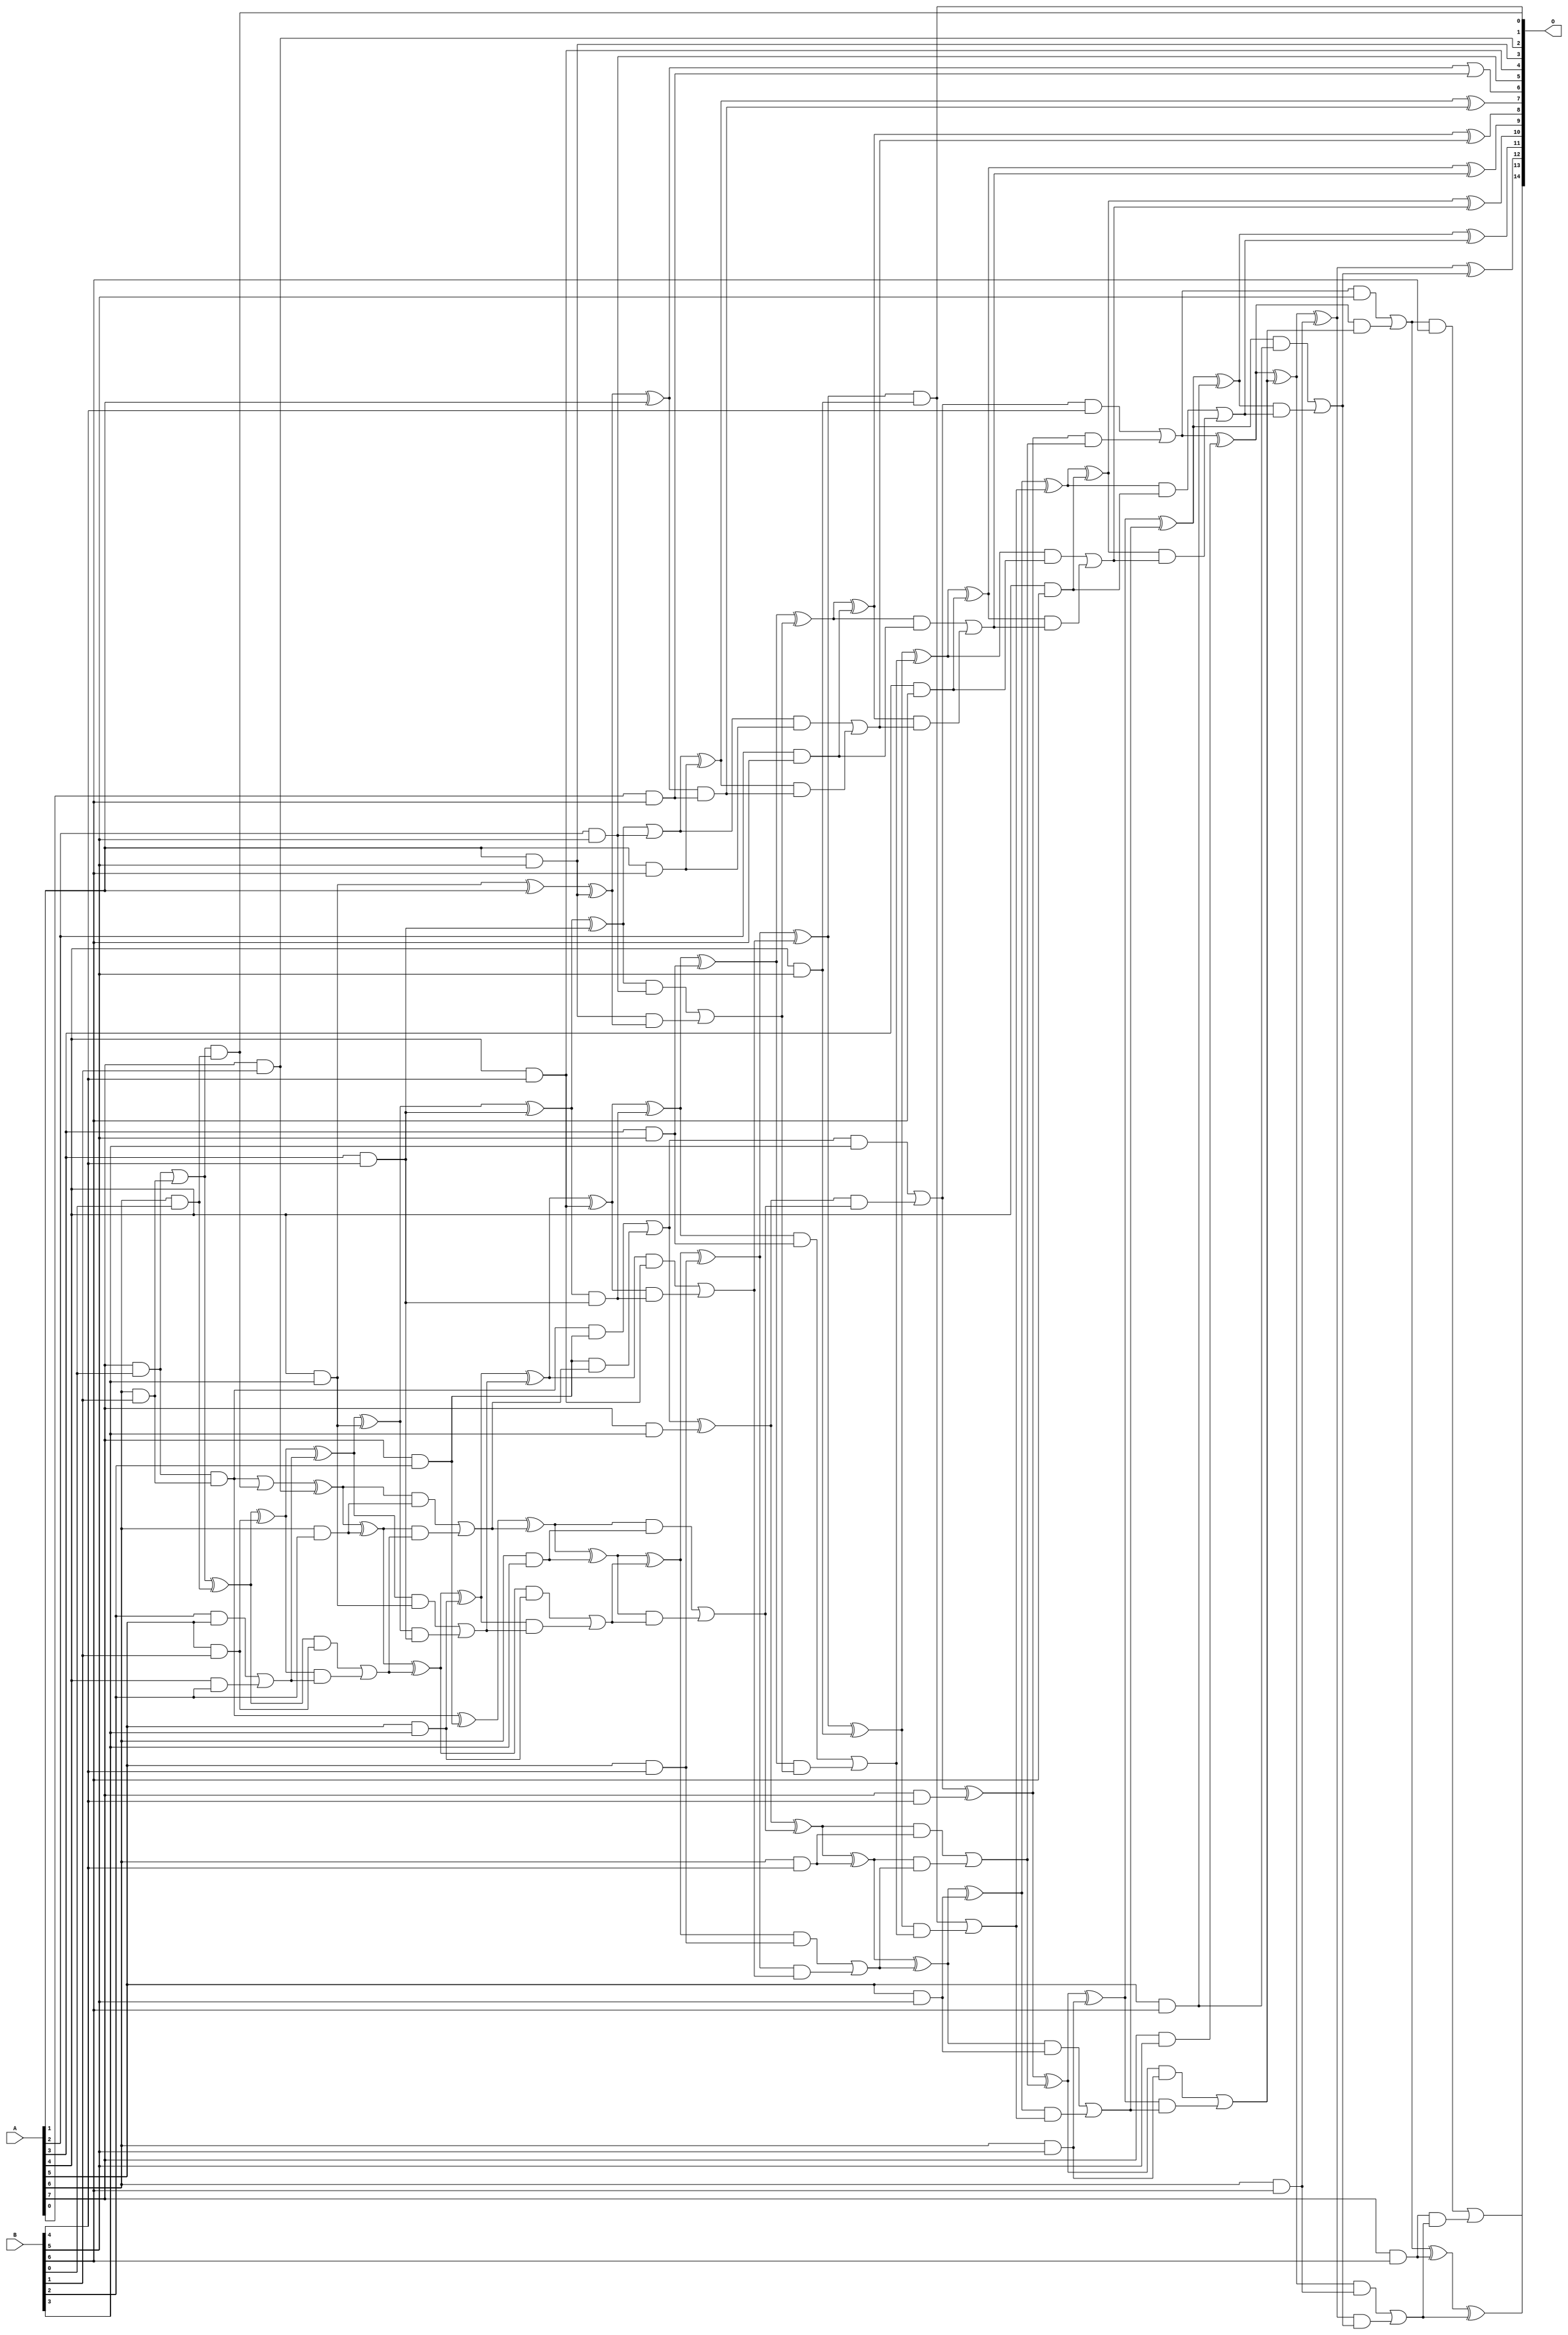
/***
* This code is a part of EvoApproxLib library (ehw.fit.vutbr.cz/approxlib) distributed under The MIT License.
* When used, please cite the following article(s): V. Mrazek, L. Sekanina, Z. Vasicek "Libraries of Approximate Circuits: Automated Design and Application in CNN Accelerators" IEEE Journal on Emerging and Selected Topics in Circuits and Systems, Vol 10, No 4, 2020 
* This file contains a circuit from a sub-set of pareto optimal circuits with respect to the pwr and mre parameters
***/
// MAE% = 0.21 %
// MAE = 70 
// WCE% = 0.92 %
// WCE = 303 
// WCRE% = 100.00 %
// EP% = 96.15 %
// MRE% = 4.41 %
// MSE = 7858 
// PDK45_PWR = 0.194 mW
// PDK45_AREA = 400.8 um2
// PDK45_DELAY = 1.35 ns

module mul8x7u_3DU (
    A,
    B,
    O
);

input [7:0] A;
input [6:0] B;
output [14:0] O;

wire sig_22,sig_29,sig_30,sig_57,sig_58,sig_59,sig_60,sig_61,sig_62,sig_64,sig_70,sig_71,sig_72,sig_91,sig_92,sig_94,sig_95,sig_96,sig_97,sig_98;
wire sig_99,sig_100,sig_101,sig_102,sig_103,sig_104,sig_105,sig_106,sig_107,sig_108,sig_109,sig_113,sig_114,sig_115,sig_116,sig_117,sig_135,sig_136,sig_137,sig_138;
wire sig_139,sig_140,sig_141,sig_142,sig_143,sig_144,sig_145,sig_146,sig_147,sig_148,sig_149,sig_150,sig_151,sig_152,sig_153,sig_154,sig_159,sig_160,sig_161,sig_162;
wire sig_173,sig_175,sig_176,sig_180,sig_181,sig_182,sig_183,sig_184,sig_185,sig_186,sig_187,sig_188,sig_189,sig_190,sig_191,sig_192,sig_193,sig_194,sig_195,sig_196;
wire sig_197,sig_198,sig_199,sig_201,sig_202,sig_203,sig_204,sig_205,sig_206,sig_207,sig_210,sig_213,sig_215,sig_216,sig_217,sig_219,sig_220,sig_221,sig_222,sig_223;
wire sig_224,sig_225,sig_226,sig_227,sig_228,sig_229,sig_230,sig_231,sig_232,sig_233,sig_234,sig_235,sig_236,sig_237,sig_238,sig_239,sig_240,sig_241,sig_242,sig_243;
wire sig_244,sig_245,sig_246,sig_247,sig_248,sig_249,sig_250,sig_251,sig_252,sig_253,sig_254,sig_255,sig_256,sig_257,sig_258,sig_259,sig_260,sig_261,sig_262,sig_263;
wire sig_264,sig_265,sig_266,sig_267,sig_268,sig_269,sig_270,sig_271,sig_272,sig_273,sig_274,sig_275,sig_276,sig_277,sig_278,sig_279,sig_280,sig_281,sig_282,sig_283;
wire sig_284,sig_285,sig_286,sig_287,sig_288,sig_289;

assign sig_22 = A[7] & B[0];
assign sig_29 = A[6] & B[1];
assign sig_30 = A[7] & B[1];
assign sig_57 = A[6] & B[0];
assign sig_58 = sig_22 | sig_29;
assign sig_59 = sig_22 & sig_29;
assign sig_60 = sig_58 & sig_57;
assign sig_61 = sig_58 ^ sig_57;
assign sig_62 = sig_59 | sig_60;
assign sig_64 = sig_62 ^ sig_30;
assign sig_70 = A[5] & B[1];
assign sig_71 = A[6] & B[2];
assign sig_72 = A[7] & B[2];
assign sig_91 = B[2] & A[5];
assign sig_92 = A[4] & B[2];
assign sig_94 = sig_91 | sig_92;
assign sig_95 = sig_61 ^ sig_70;
assign sig_96 = sig_61 & sig_70;
assign sig_97 = sig_95 & sig_94;
assign sig_98 = sig_95 ^ sig_94;
assign sig_99 = sig_96 | sig_97;
assign sig_100 = sig_64 ^ sig_71;
assign sig_101 = sig_64 & sig_71;
assign sig_102 = sig_100 & sig_99;
assign sig_103 = sig_100 ^ sig_99;
assign sig_104 = sig_101 | sig_102;
assign sig_105 = sig_59 ^ sig_72;
assign sig_106 = sig_59 & sig_72;
assign sig_107 = sig_72 & sig_104;
assign sig_108 = sig_105 ^ sig_104;
assign sig_109 = sig_106 | sig_107;
assign sig_113 = A[3] & B[4];
assign sig_114 = A[4] & B[3];
assign sig_115 = A[5] & B[3];
assign sig_116 = A[6] & B[3];
assign sig_117 = A[7] & B[3];
assign sig_135 = sig_98 ^ sig_114;
assign sig_136 = sig_98 & sig_114;
assign sig_137 = sig_135 & sig_113;
assign sig_138 = sig_135 ^ sig_113;
assign sig_139 = sig_136 | sig_137;
assign sig_140 = sig_103 ^ sig_115;
assign sig_141 = sig_103 & sig_115;
assign sig_142 = sig_140 & sig_139;
assign sig_143 = sig_140 ^ sig_139;
assign sig_144 = sig_141 | sig_142;
assign sig_145 = sig_108 ^ sig_116;
assign sig_146 = sig_108 & sig_116;
assign sig_147 = sig_145 & sig_144;
assign sig_148 = sig_145 ^ sig_144;
assign sig_149 = sig_146 | sig_147;
assign sig_150 = sig_109 ^ sig_117;
assign sig_151 = sig_109 & B[3];
assign sig_152 = sig_150 & sig_149;
assign sig_153 = sig_150 ^ sig_149;
assign sig_154 = sig_151 | sig_152;
assign sig_159 = A[4] & B[4];
assign sig_160 = A[5] & B[4];
assign sig_161 = A[6] & B[4];
assign sig_162 = A[7] & B[4];
assign sig_173 = sig_114 ^ A[1];
assign sig_175 = sig_138 ^ sig_113;
assign sig_176 = sig_138 & sig_113;
assign sig_180 = sig_143 ^ sig_159;
assign sig_181 = sig_143 & sig_159;
assign sig_182 = sig_180 & sig_176;
assign sig_183 = sig_180 ^ sig_176;
assign sig_184 = sig_181 | sig_182;
assign sig_185 = sig_148 ^ sig_160;
assign sig_186 = sig_148 & sig_160;
assign sig_187 = sig_185 & sig_184;
assign sig_188 = sig_185 ^ sig_184;
assign sig_189 = sig_186 | sig_187;
assign sig_190 = sig_153 ^ sig_161;
assign sig_191 = sig_153 & sig_161;
assign sig_192 = sig_190 & sig_189;
assign sig_193 = sig_190 ^ sig_189;
assign sig_194 = sig_191 | sig_192;
assign sig_195 = sig_154 ^ sig_162;
assign sig_196 = sig_154 & B[4];
assign sig_197 = sig_195 & sig_194;
assign sig_198 = sig_195 ^ sig_194;
assign sig_199 = sig_196 | sig_197;
assign sig_201 = A[1] & B[5];
assign sig_202 = A[2] & B[5];
assign sig_203 = A[3] & B[5];
assign sig_204 = A[4] & B[5];
assign sig_205 = A[5] & B[5];
assign sig_206 = A[6] & B[5];
assign sig_207 = A[7] & B[5];
assign sig_210 = sig_173 ^ sig_201;
assign sig_213 = sig_210 ^ A[1];
assign sig_215 = sig_175 | sig_202;
assign sig_216 = sig_175 & sig_202;
assign sig_217 = sig_201 & sig_210;
assign sig_219 = sig_216 | sig_217;
assign sig_220 = sig_183 ^ sig_203;
assign sig_221 = sig_183 & sig_203;
assign sig_222 = sig_220 & sig_219;
assign sig_223 = sig_220 ^ sig_219;
assign sig_224 = sig_221 | sig_222;
assign sig_225 = sig_188 ^ sig_204;
assign sig_226 = sig_188 & sig_204;
assign sig_227 = sig_225 & sig_224;
assign sig_228 = sig_225 ^ sig_224;
assign sig_229 = sig_226 | sig_227;
assign sig_230 = sig_193 ^ sig_205;
assign sig_231 = sig_193 & sig_205;
assign sig_232 = sig_230 & sig_229;
assign sig_233 = sig_230 ^ sig_229;
assign sig_234 = sig_231 | sig_232;
assign sig_235 = sig_198 ^ sig_206;
assign sig_236 = sig_198 & sig_206;
assign sig_237 = sig_235 & sig_234;
assign sig_238 = sig_235 ^ sig_234;
assign sig_239 = sig_236 | sig_237;
assign sig_240 = sig_199 ^ sig_207;
assign sig_241 = sig_199 & B[5];
assign sig_242 = sig_240 & sig_239;
assign sig_243 = sig_240 ^ sig_239;
assign sig_244 = sig_241 | sig_242;
assign sig_245 = A[0] & B[6];
assign sig_246 = A[1] & B[6];
assign sig_247 = A[2] & B[6];
assign sig_248 = A[3] & B[6];
assign sig_249 = A[4] & B[6];
assign sig_250 = A[5] & B[6];
assign sig_251 = A[6] & B[6];
assign sig_252 = A[7] & B[6];
assign sig_253 = sig_213 & sig_245;
assign sig_254 = sig_213 | sig_245;
assign sig_255 = sig_215 ^ sig_246;
assign sig_256 = sig_215 & sig_246;
assign sig_257 = sig_255 & sig_253;
assign sig_258 = sig_255 ^ sig_253;
assign sig_259 = sig_256 | sig_257;
assign sig_260 = sig_223 ^ sig_247;
assign sig_261 = sig_223 & sig_247;
assign sig_262 = sig_260 & sig_259;
assign sig_263 = sig_260 ^ sig_259;
assign sig_264 = sig_261 | sig_262;
assign sig_265 = sig_228 ^ sig_248;
assign sig_266 = sig_228 & sig_248;
assign sig_267 = sig_265 & sig_264;
assign sig_268 = sig_265 ^ sig_264;
assign sig_269 = sig_266 | sig_267;
assign sig_270 = sig_233 ^ sig_249;
assign sig_271 = sig_233 & sig_249;
assign sig_272 = sig_270 & sig_269;
assign sig_273 = sig_270 ^ sig_269;
assign sig_274 = sig_271 | sig_272;
assign sig_275 = sig_238 ^ sig_250;
assign sig_276 = sig_238 & sig_250;
assign sig_277 = sig_275 & sig_274;
assign sig_278 = sig_275 ^ sig_274;
assign sig_279 = sig_276 | sig_277;
assign sig_280 = sig_243 ^ sig_251;
assign sig_281 = sig_243 & sig_251;
assign sig_282 = sig_280 & sig_279;
assign sig_283 = sig_280 ^ sig_279;
assign sig_284 = sig_281 | sig_282;
assign sig_285 = sig_244 ^ sig_252;
assign sig_286 = sig_244 & B[6];
assign sig_287 = sig_252 & sig_284;
assign sig_288 = sig_285 ^ sig_284;
assign sig_289 = sig_286 | sig_287;

assign O[14] = sig_289;
assign O[13] = sig_288;
assign O[12] = sig_283;
assign O[11] = sig_278;
assign O[10] = sig_273;
assign O[9] = sig_268;
assign O[8] = sig_263;
assign O[7] = sig_258;
assign O[6] = sig_254;
assign O[5] = sig_202;
assign O[4] = sig_159;
assign O[3] = sig_201;
assign O[2] = sig_30;
assign O[1] = sig_60;
assign O[0] = sig_226;

endmodule